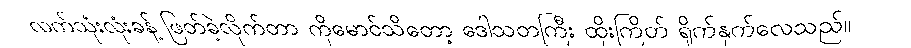
လက်သုံးလုံးခန့် ဖြတ်ခဲ့လိုက်တာ ကိုမောင်သိတော့ ဒေါသတကြီး ထိုးကြိတ် ရိုက်နှက်လေသည်။